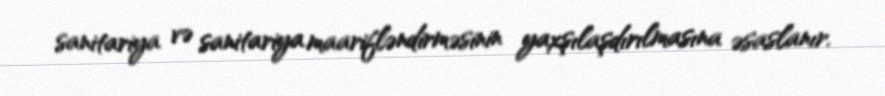
sanitariya və sanitariya maarifləndirməsinin yaxşılaşdırılmasına əsaslanır.